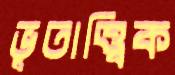
ভূতাত্ত্বিক